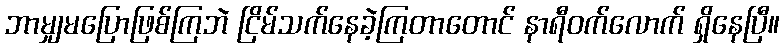
ဘာမျှမပြောဖြစ်ကြဘဲ ငြိမ်သက်နေခဲ့ကြတာတောင် နာရီဝက်လောက် ရှိနေပြီ။